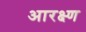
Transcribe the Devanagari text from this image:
आरक्ष्ण